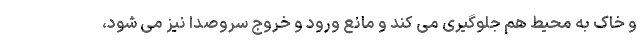
و خاک به محیط هم جلوگیری می کند و مانع ورود و خروج سروصدا نیز می شود،